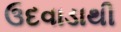
ઉદવાડાથી